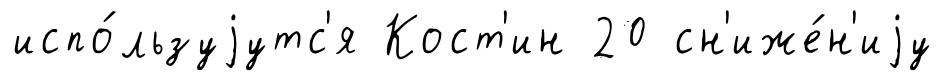
испо́льзуjутс'я Кост'ин 20 сн'иже́н'иjу